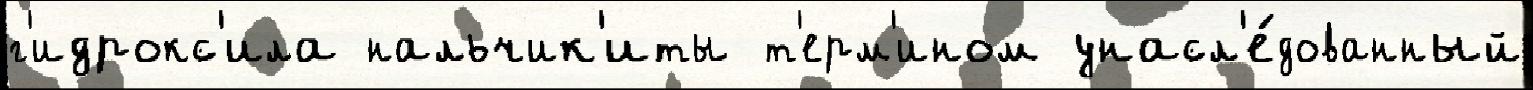
г'идрокс'ила нальчик'иты т'ерм'ином унасл'е́дованный